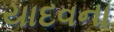
યાદવના